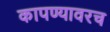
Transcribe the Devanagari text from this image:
कापण्यावरच